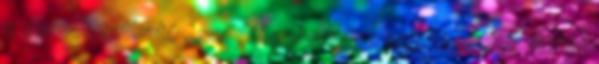
a sor folytatható , somlói galuskát a legszigorúbb diétát